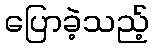
ပြောခဲ့သည့်